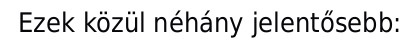
Ezek közül néhány jelentősebb: